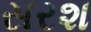
સરશ